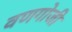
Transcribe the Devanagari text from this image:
वणगोजी